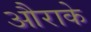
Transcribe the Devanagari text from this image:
औराके